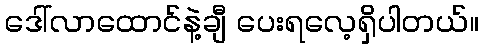
ဒေါ်လာထောင်နဲ့ချီ ပေးရလေ့ရှိပါတယ်။